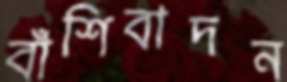
বাঁশিবাদন